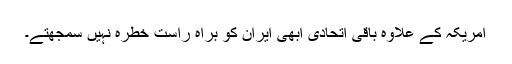
امریکہ کے علاوہ باقی اتحادی ابھی ایران کو براہ راست خطرہ نہیں سمجھتے۔